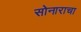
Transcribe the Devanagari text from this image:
सोनाराचा